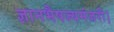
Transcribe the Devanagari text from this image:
ज्ञानभैषज्यमंजरी।